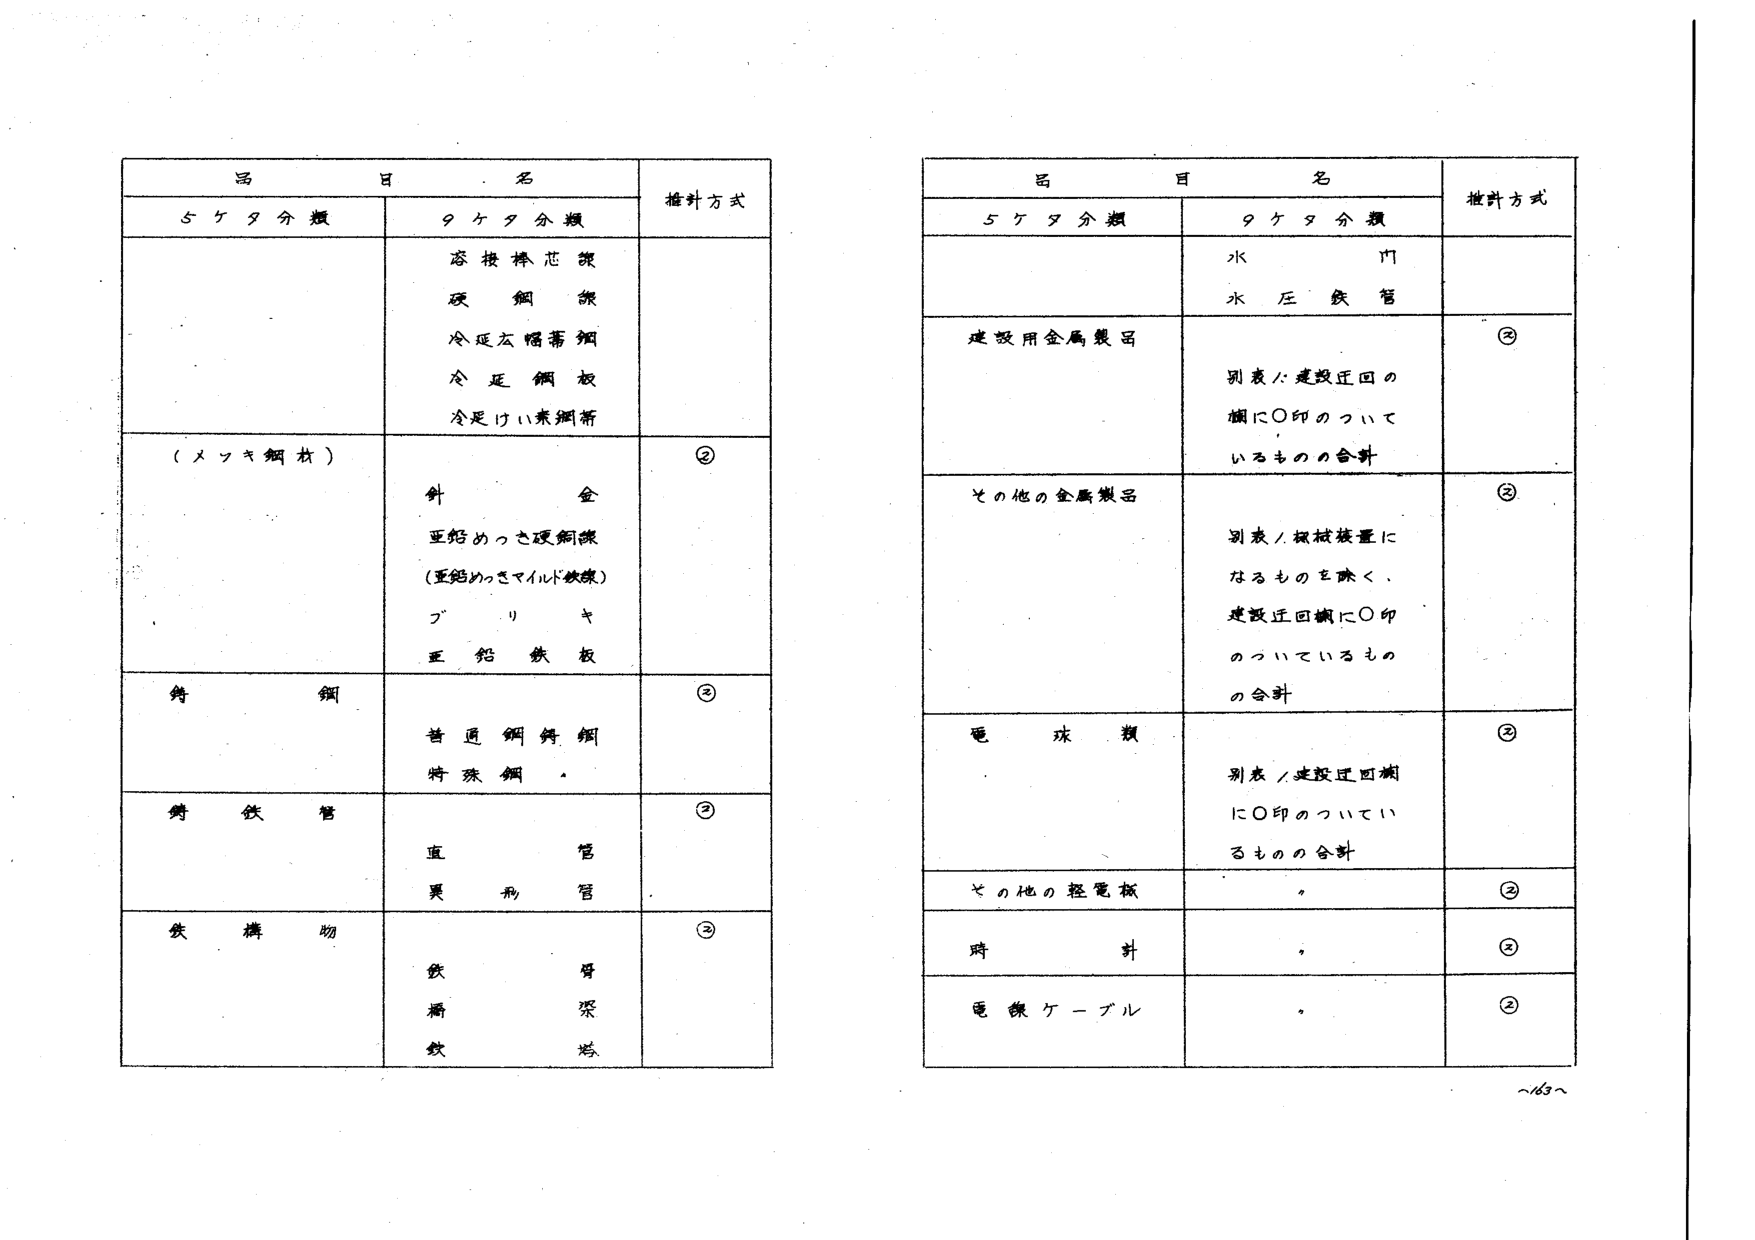
品目名
5ケタ分類
9ケタ分類
措置方式
溶接棒芯線
硬鋼線
冷延圧延薄鋼
冷延鋼板
冷延けい素鋼帯
(メッキ鋼材)
針金
亜鉛めっき硬鋼線
(亜鉛めっきマイルド鉄線)
ブリキ
亜鉛鉄板
②
鋳鋼
普通鋼鋳鋼
特殊鋼
②
鋳鉄管
直管
異形管
②
鉄構物
鉄骨
橋梁
鉄塔
②
品目名
5ケタ分類
9ケタ分類
措置方式
水門
水圧鉄管
建設用金属製品
別表1:建設迂回の欄に○印のついて
いるものの合計
②
その他の金属製品
別表1:機械装置に
なるものを除く、
建設迂回欄に○印
のついているもの
の合計
②
電球類
別表1:建設迂回欄
に○印のついてい
るもの合計
②
その他の絶縁板
②
時計
②
電線ケーブル
②
~63~